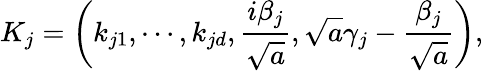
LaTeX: K_{j}=\left(k_{j1},\cdots,k_{jd},\frac{i\beta_{j}}{\sqrt{a}},\sqrt{a}\gamma_{j}-\frac{\beta_{j}}{\sqrt{a}}\right),